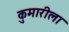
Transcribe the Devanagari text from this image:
कुमारीला